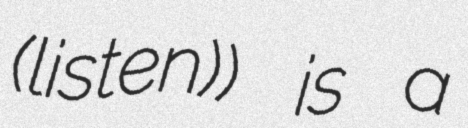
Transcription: (listen)) is a